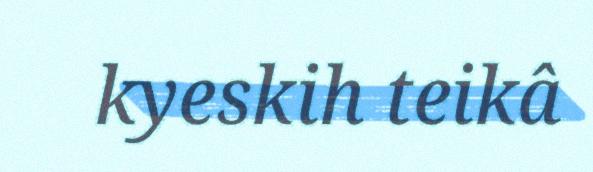
kyeskih teikâ